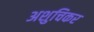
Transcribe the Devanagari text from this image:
अशुचिकर